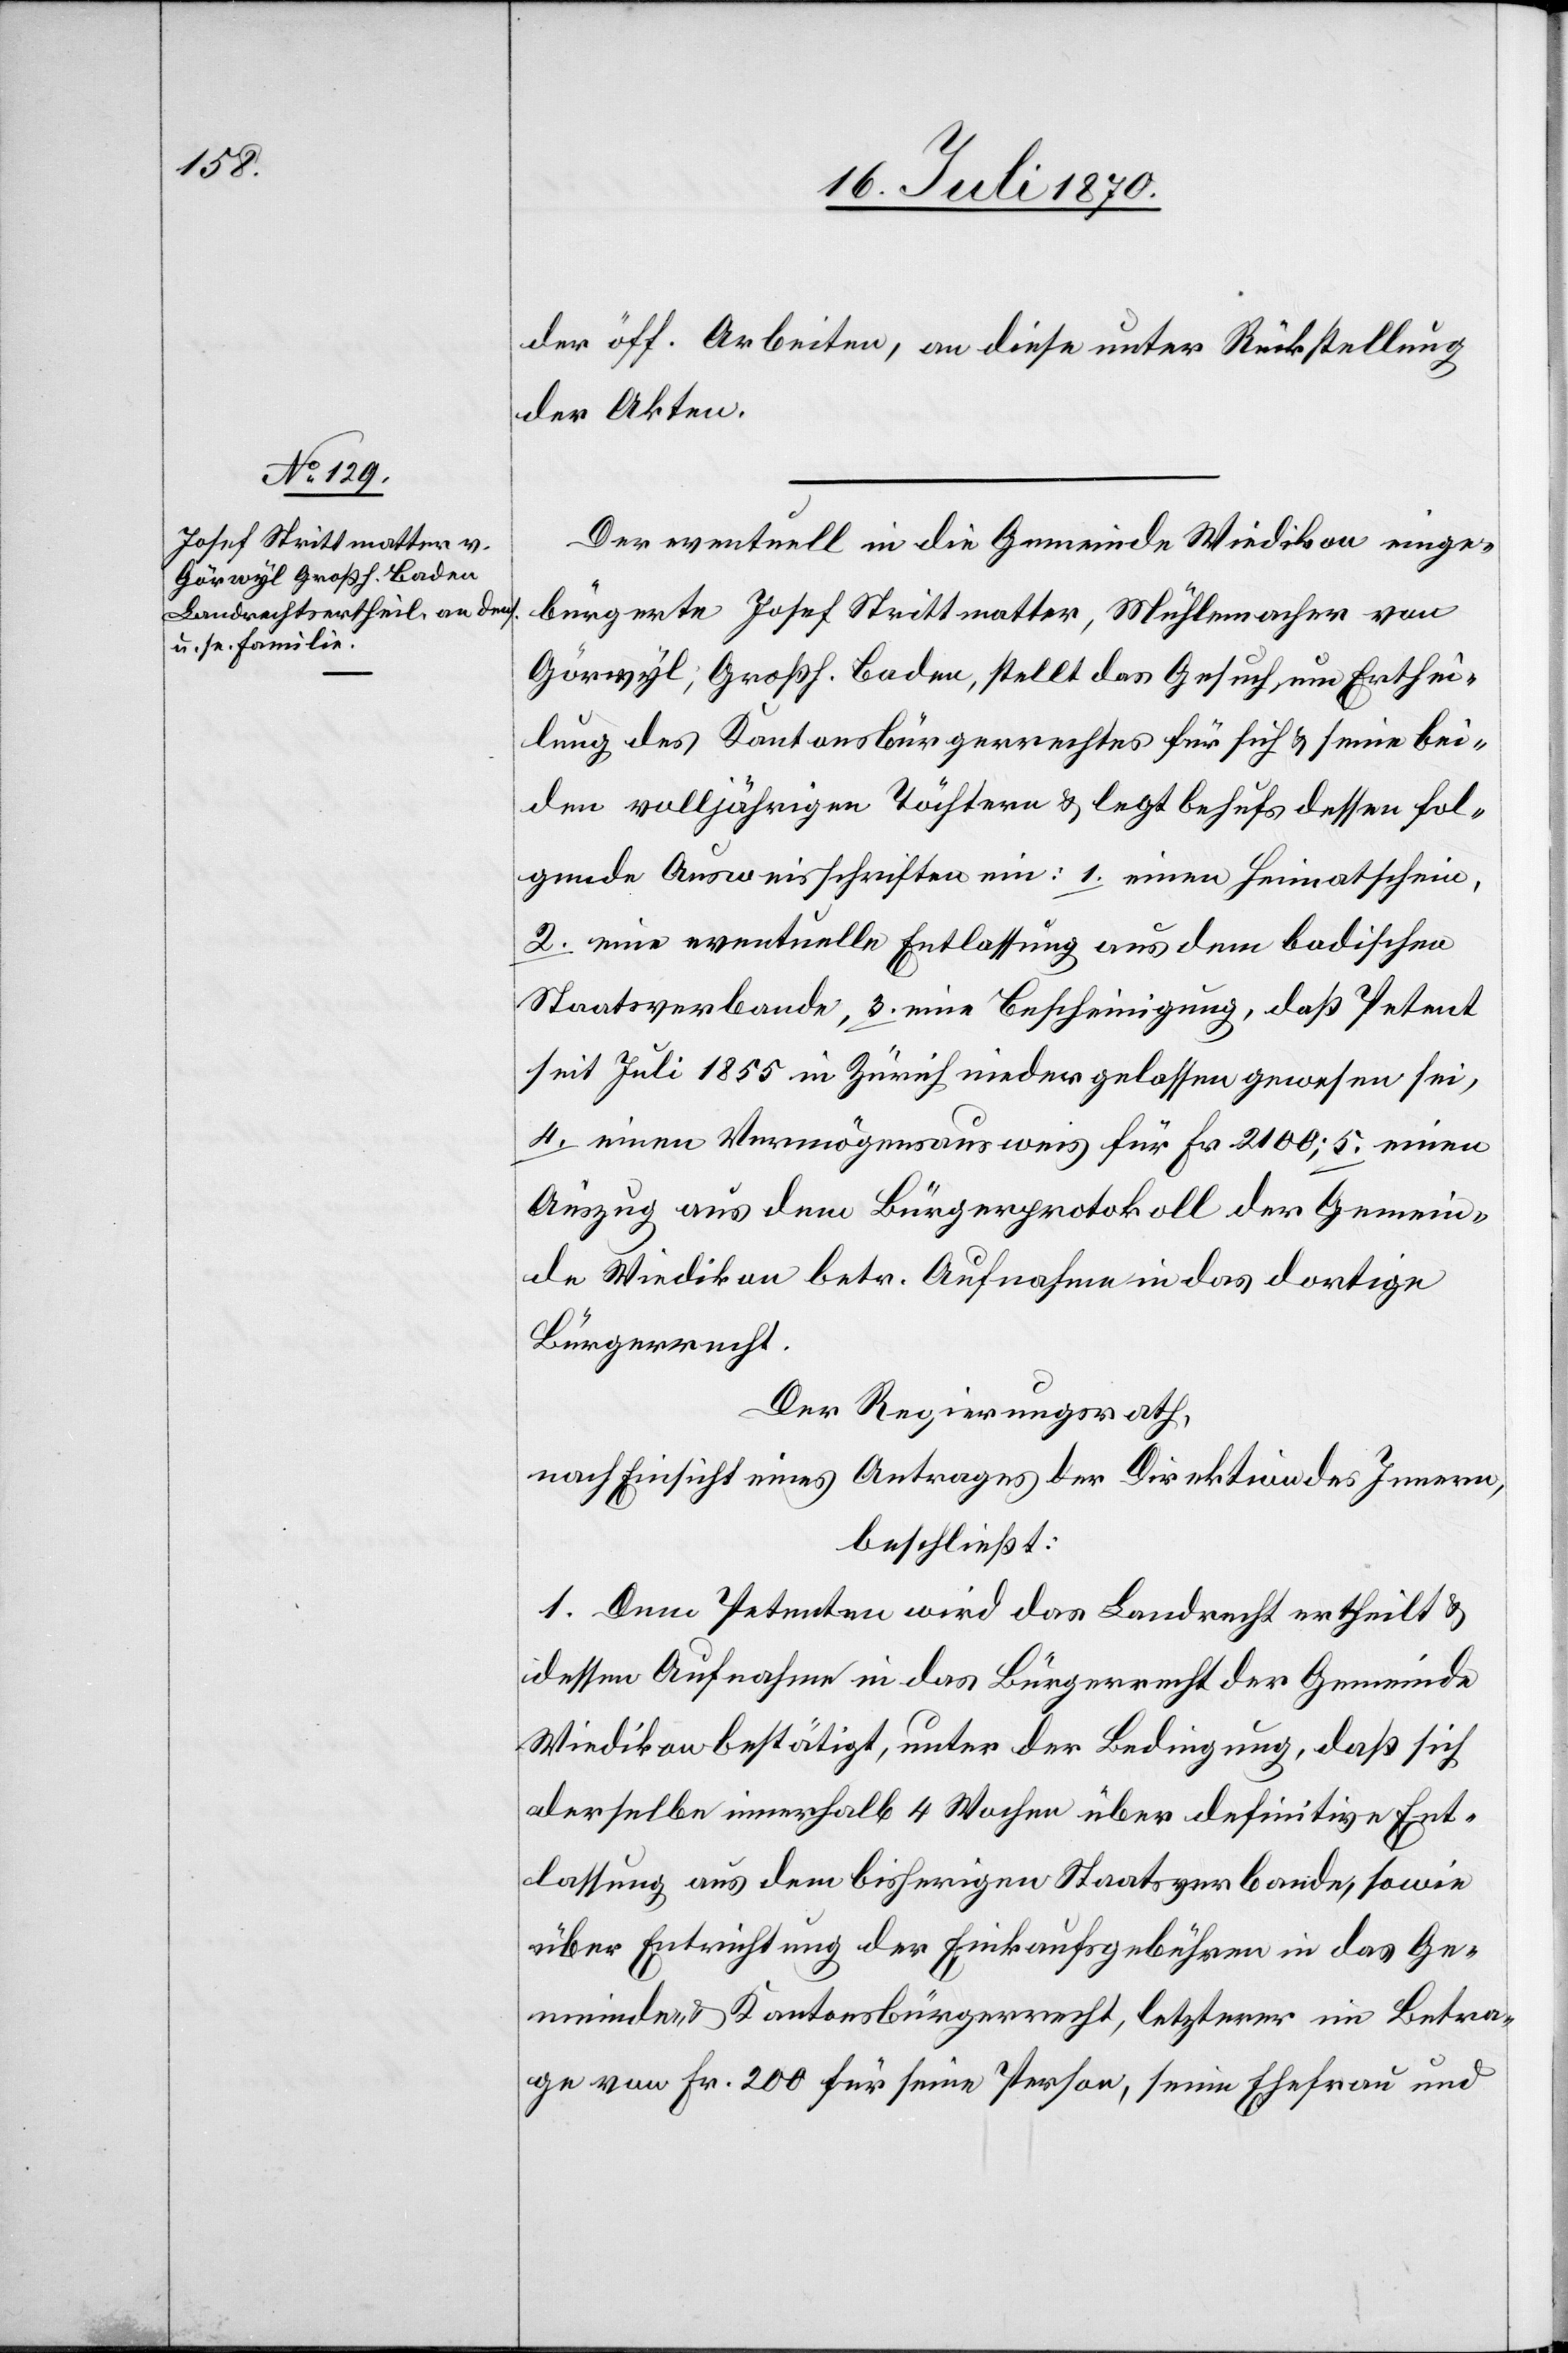
der öff. Arbeiten, an diese unter Rückstellung
der Akten.
Der eventuell in die Gemeinde Wiedikon einge¬
bürgerte Josef Strittmatter, Mühlemacher von
Görwyl, Großh. Baden, stellt das Gesuch um Erthei¬
lung des Kantonsbürgerrecht für sich & seine bei¬
den volljährigen Töchtern [sic!] & legt behufs dessen fol¬
gende Ausweisschriften ein: 1. einen Heimatschein,
2. eine eventuelle Entlassung aus dem badischen
Staatsverbande, 3. eine Bescheinigung, daß Petent
seit Juli 1855 in Zürich niedergelassen gewesen sei,
4. einen Vermögensausweis für Fr. 2100; 5. einen
Auszug aus dem Bürgerprotokoll der Gemein¬
de Wiedikon betr. Aufnahme in das dortige
Bürgerrecht.
Der Regierungsrath,
nach Einsicht eines Antrages der Direktion des Innern,
beschließt:
1. Dem Petenten wird das Landrecht ertheilt &
dessen Aufnahme in das Bürgerrecht der Gemeinde
Wiedikon bestätigt, unter der Bedingung, daß sich
derselbe innerhalb 4 Wochen über definitive Ent¬
lassung aus dem bisherigen Staatsverbande, sowie
über Entrichtung der Einkaufsgebühren in das Ge¬
meinde- & Kantonsbürgerrecht, letzterer im Betra¬
ge von Fr. 200 für seine Person, seine Ehefrau und